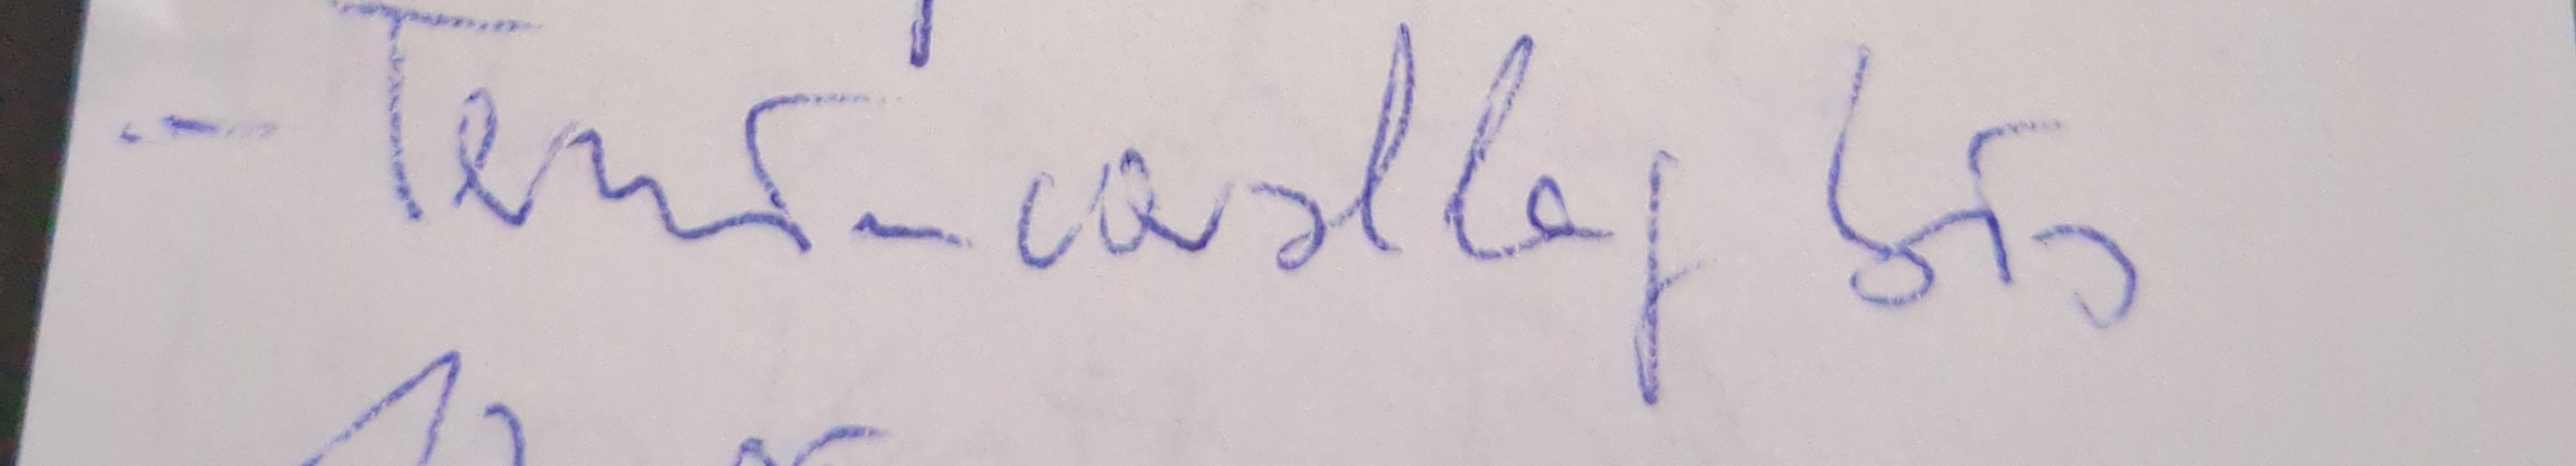
- Terminvorschlag bis